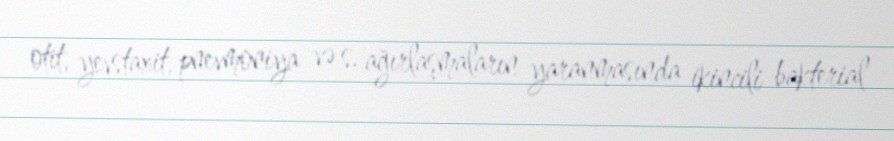
otit, yevstaxit, pnevmoniya və s. ağırlaşmaların yaranmasında ikincili bakterial